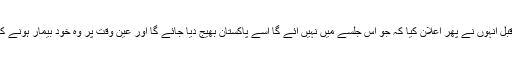
پٹنہ میں مودی جی کی فلاپ ریلی سے قبل انہوں نے پھر اعلان کیا کہ جو اس جلسے میں نہیں آئے گا اسے پاکستان بھیج دیا جائے گا اور عین وقت پر وہ خود بیمار ہونے کے سبب ریلی میں شریک نہیں ہوسکے۔